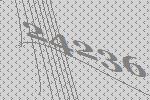
24236